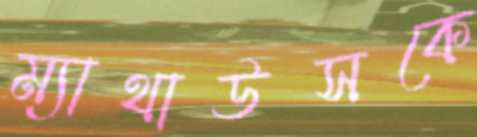
ম্যাথাউসকে